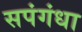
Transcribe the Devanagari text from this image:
सपंगंधा